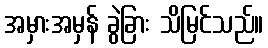
အမှားအမှန် ခွဲခြား သိမြင်သည်။